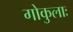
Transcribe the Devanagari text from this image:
गोकुलाः